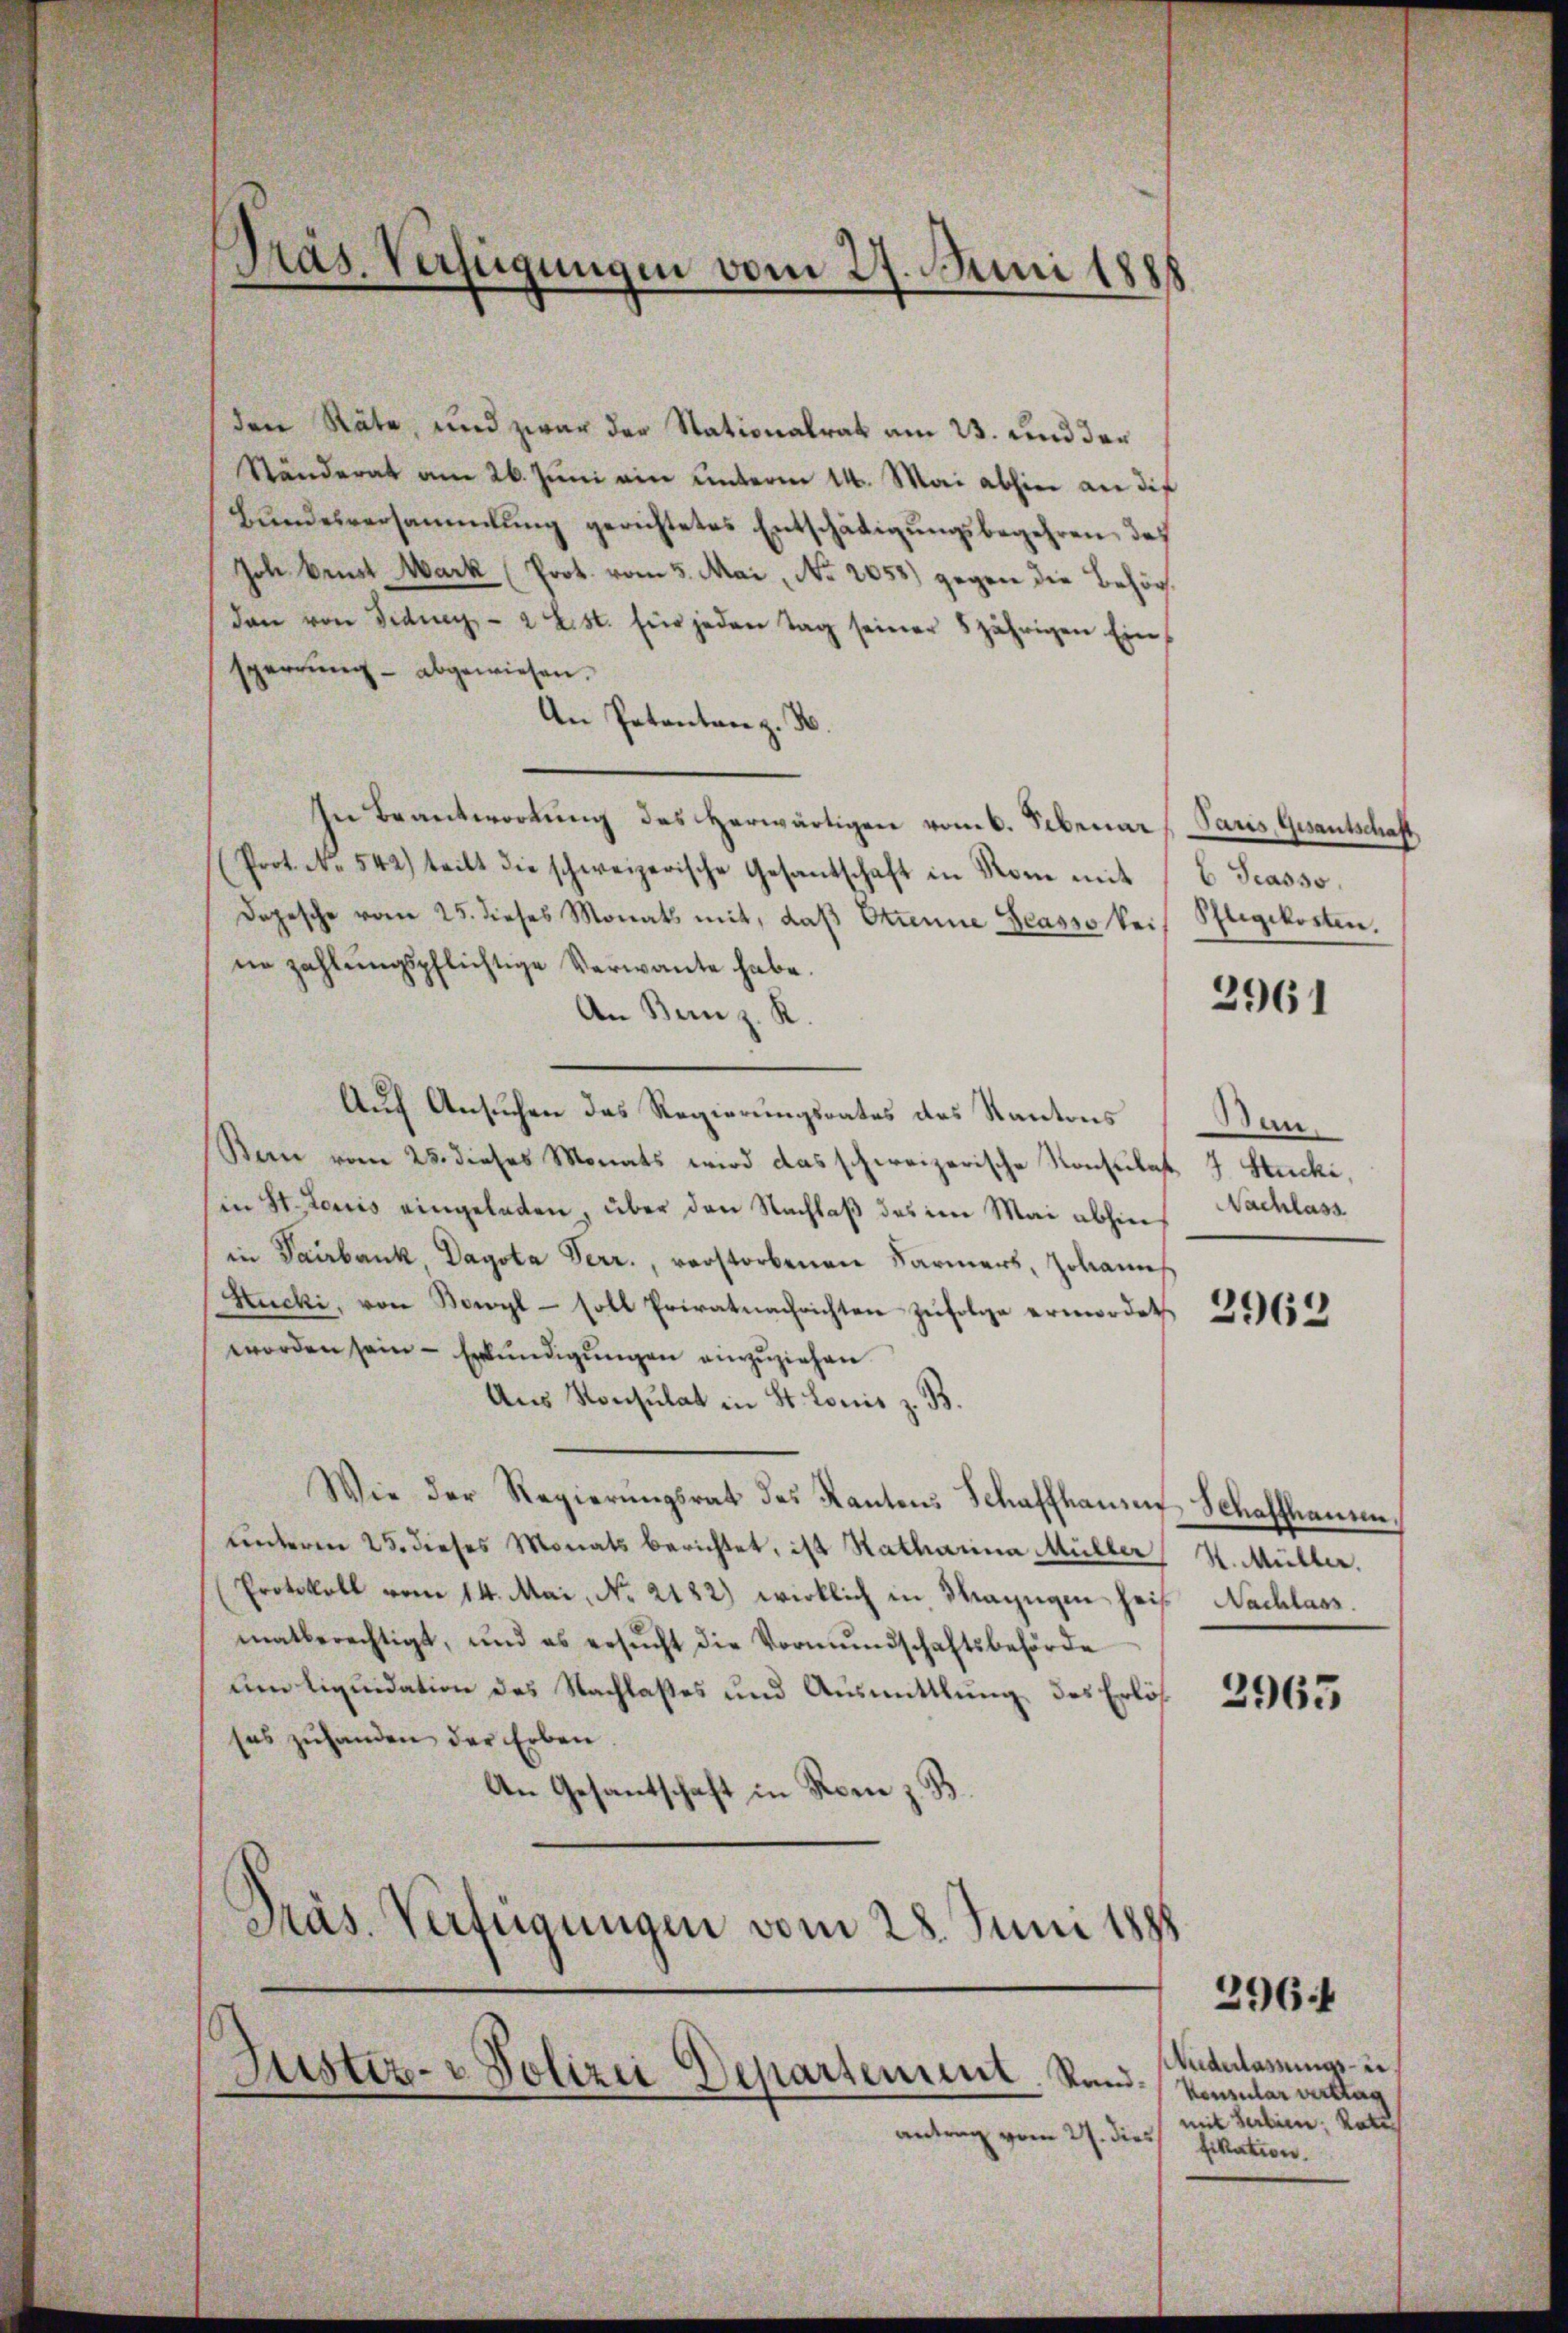
den Räte, und zwar der Stationalrat am 23. und der
Ständerat am 26. Juni ain unterm 14. Mai abhin an die
Bŭndesversammlung gerichtetes Entschädigŭngsbegehren, das
Joh Brust Mark (Prot. vom 5. Mai, No 2058) gegen die Behördan von Fidney - 2 List. für jeden Tag seiner 5 jährigen Einsperrŭng abgewiesen.
An Potentare z. B.
In Beantwortŭng des herwärtigen vom 6. Februar   Paus, Gesantschaft
Prot. No. 542) teilt die schweizerische Gesantschaft in Rom mit 6 Scasso
Dopesche vom 25. dieses Monats mit, daß Ottenne Gasso keine zahlungspflichtige Verwante habe.
An Bern z. R.
Auf Ansuchen des Regierungsrates des Kantons
Bern vom 25. dieses Monats wird das schweizerische Konsulat 7 Stucki,
in St. Loriis eingeladen, über den Nachlaβ das im Mai abhin Nachlass
in Paurbank, Dagota Verr., verstorbenen Farmers, Johann
Hucki, von Bowyl - soll Privatnachrichten zufolge ermordet
worden sein – Erkundigungen einzuziehen.
Uns Konsulat in St. Louis z. B.
Wie der Regierŭngsrat des Kantons Schaffhausen Schaffhausen,
unterm 25. dieses Monats berichtet, ist Ratharina Müller St. Müller.
Protokoll vom 14. Mai, No. 2122) wirklich in Mazügen heis Nachlass.
matberechtigt, und es ersŭcht die Vormŭndschaftsbehörde
um liquidation des Nachlasses und Ausmittlung des Erlös
ses zuhanden der Erben.
An Gesantschaft in Rom z. B.
Präs. Verfügungen vom 28. Juni 1888

Präs. Verfügungen vom 27. Juni 1888

Justiz- & Polizei Departement. Sandantrag vom 27. dies fikation.

Pflegekosten.

2961

Ban.

2963

2965

Niderlassungs- un
Konsular vertrag
mit Serbien Rati

296.